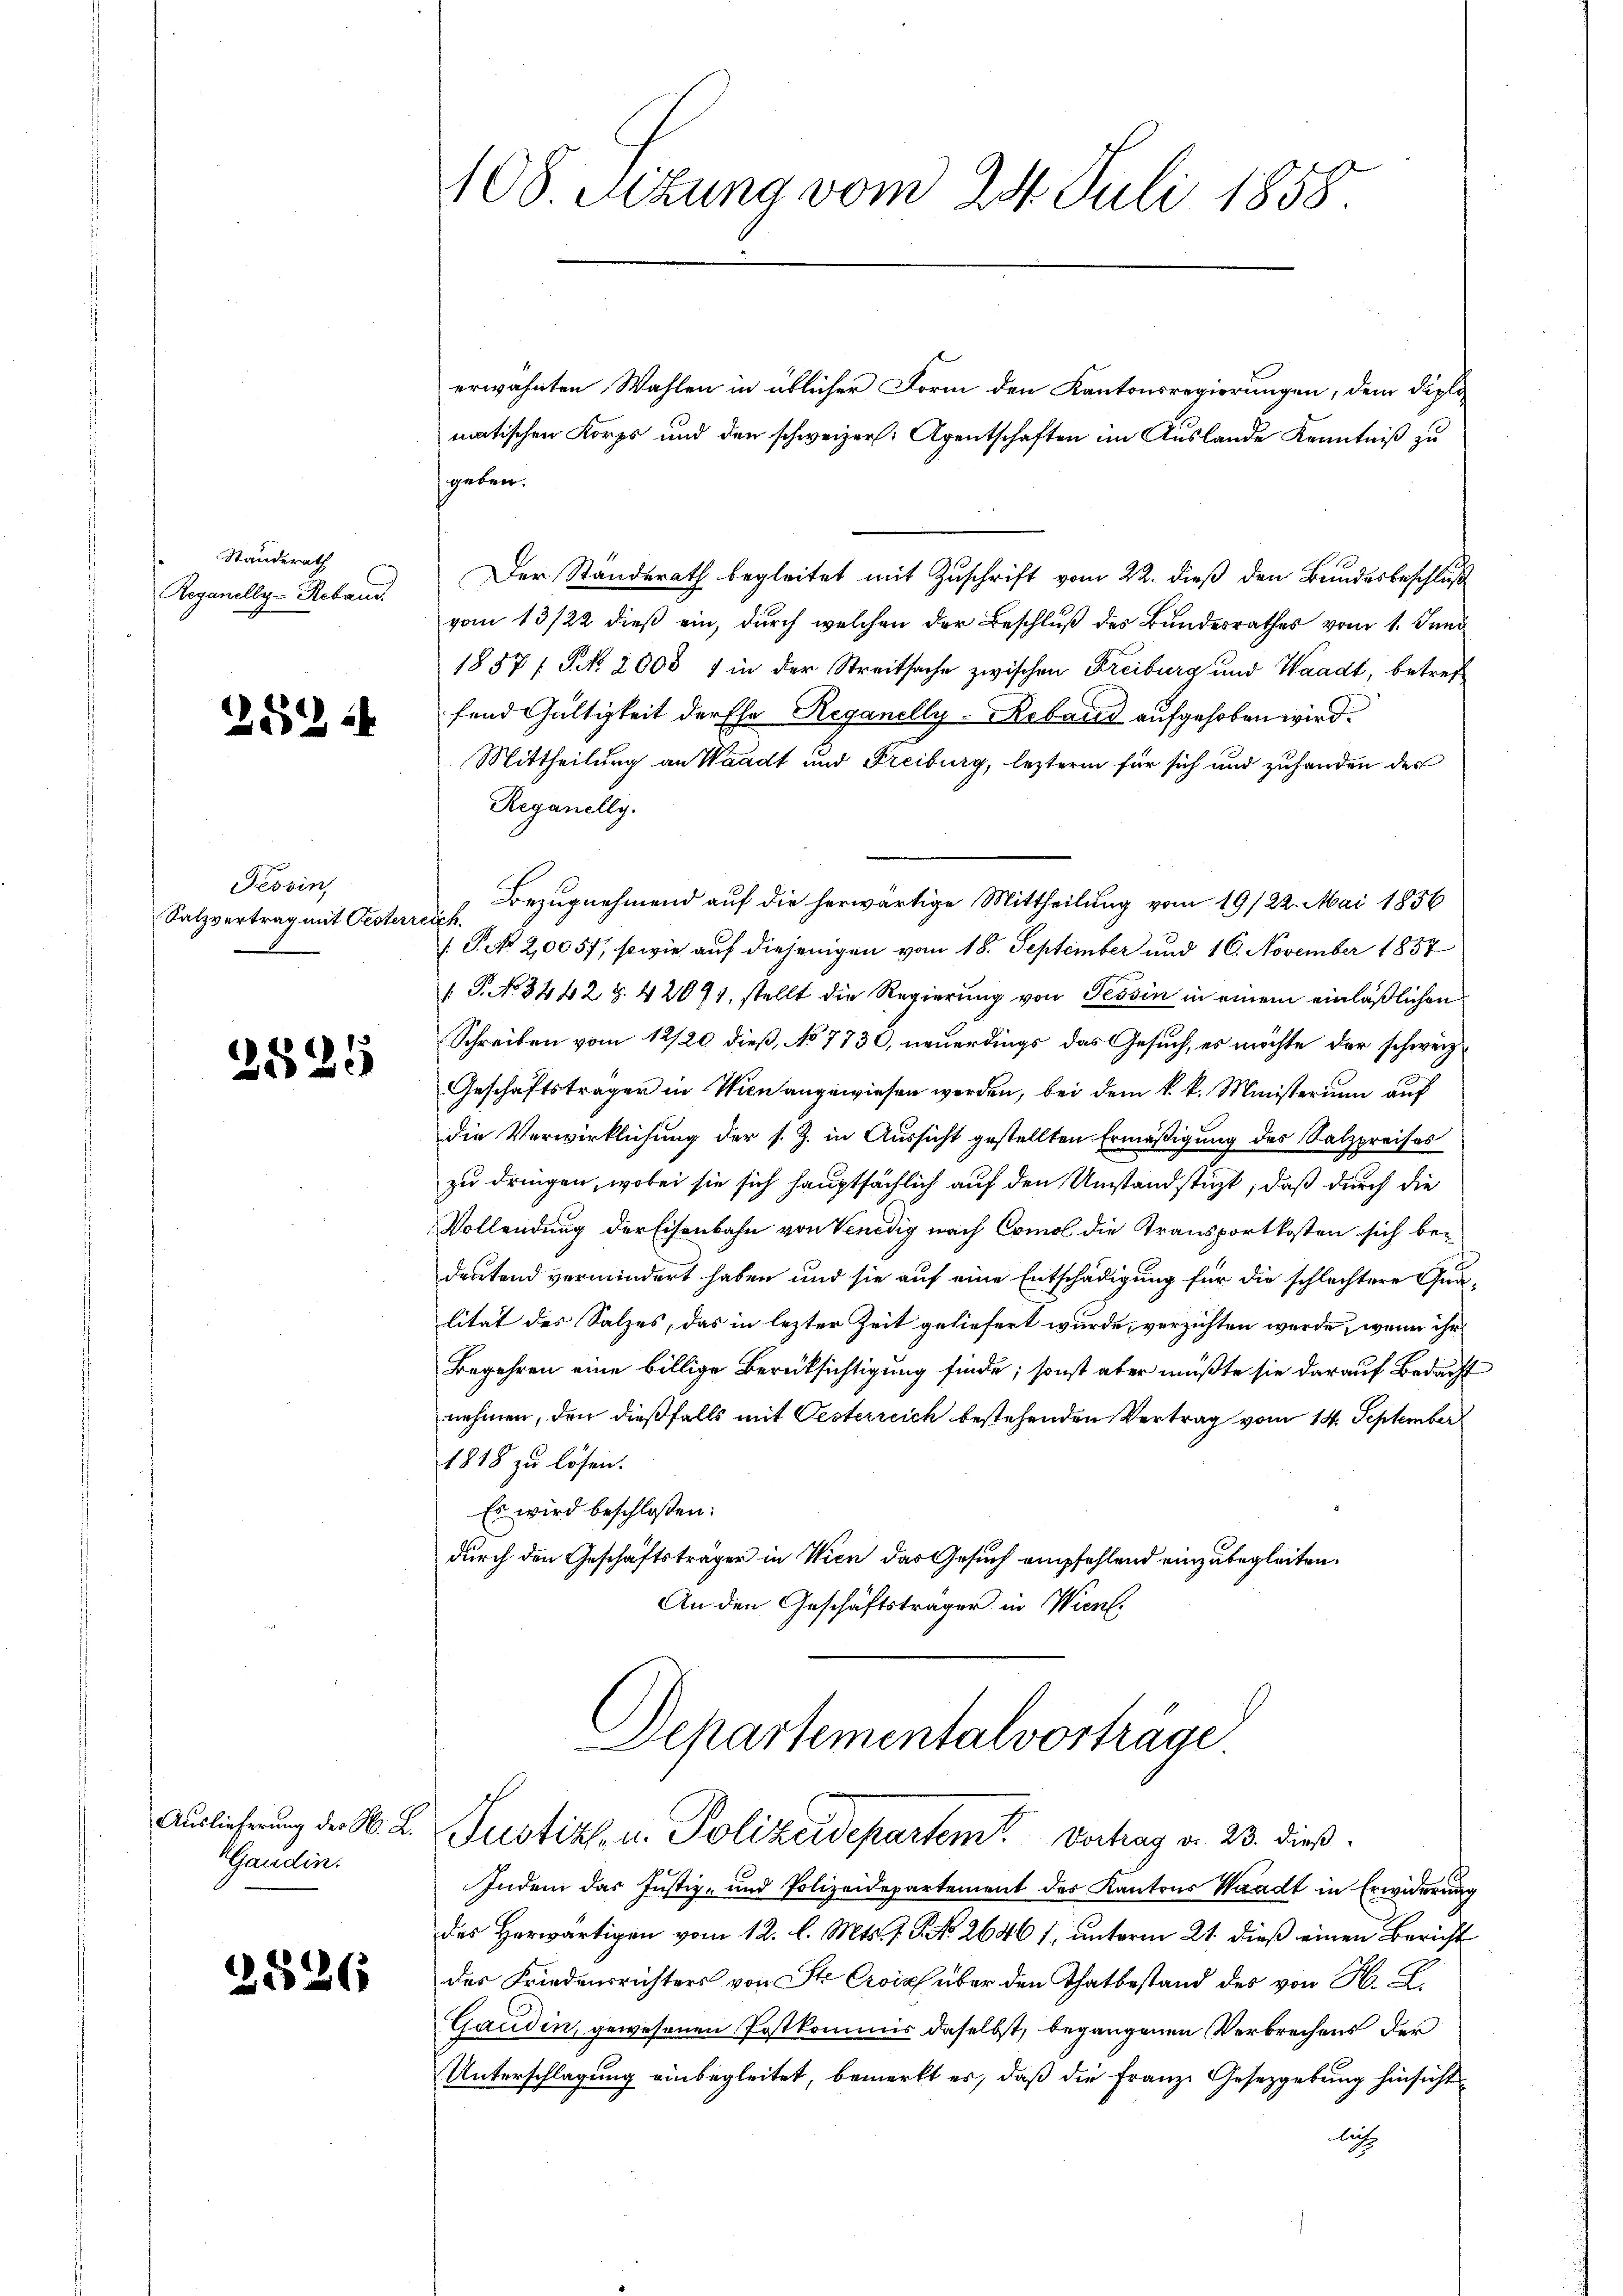
Standerath
Reyanelly-Reband.

2824

Tessin,
Salzvertrag mit Pesterr

2525

Ganden.

2526

108. Situng vom 24. Juli 1858.

erwähnten Wahlen in üblicher Form den Kantonsregierungen, dem diplomatischen Korps und den schweizer: Agentschaften im Auslande Kenntniß zu
geben.
Der Standerath begleitet mit Zuschrift vom 22. dieß den Bundesbeschluß
vom 13/22 dieß ein, durch welchen der Beschluß des Bundesrathes vom 1. Juni
1857; P. No. 2000 1 in der Streitsache zwischen Freiburg und Waadt, betreffend Gültigkeit der Ehe Reganelly-Keband aufgehoben wird.
Mittheilung an Waadt und Freiburg, leztere für sich und zuhanden des
Reganelly.
Bezugnehmend auf die herwärtige Mittheilung vom 19/22. Mai 1856
erf
 P. Nr. 2,0057, sowie auf diejenigen vom 18. September und 16. November 1857
/. G. No. 3442 S. 42091, stellt die Regierung von Tessin in einem einläßlichen
Schreiben vom 12/20 dieß, No 773, neuerdings das Gesuch, es möchte der schweiz.
Geschäftsträger in Wien angewiesen werden, bei dem k. k. Ministerium auf
die Verwirklichung der s. Z. in Aussicht gestellten Ermäßigung des Salzpreises
zu dringen, wobei sie sich hauptsächlich auf den Umstandstüzt, daß durch die
Vollendung der Eisenbahn von Venedig nach Comol die Transportkosten sich bedeutend vermindert haben und sie auf eine Entschädigung für die schlechtere Qualität des Salzes, das in lezter Zeit geliefert wurde, verzichten werde, wenn ihr
Begehren eine billige Berücksichtigung finde; sonst aber müßte sie darauf Bedacht
nehmen, den dießfalls mit Oesterreich bestehenden Vertrag vom 14. September
1818 zu lösen.
Es wird beschloßen:
durch den Geschäftsträger in Wien das Gesuch empfehlend einzubegleiten.
An den Geschäftsträger in Wien.
Departementalvorträge
Auslieferung der M. L. Justiz- u. Polizeidepartem Vorhag d. 23. dieß.
Indem das Justiz- und Polizeidepartement des Kantons Waadt in Erwiderung
des Herwärtigen vom 12. l. Mts. J. P. No. 2646 1, unterm 21. dieß einen Bericht
des Friedensrichters von St. Croix über den Thatbestand des von H. E.
Gaudin, gewesenen Postkommis daselbst, begangenen Verbrechens der
Unterschlagung einbegleitet, bemerkt es, daß die Franze Gesetzgebung hinsicht
litz